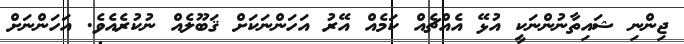
ޖިންނި ޝައިތާނުންނަކީ އުޅޭ އެއްޗެއް ކަމެއް އޭރު އަހަންނަކަށް ޤަބޫލެއް ނުކުރެއެވެ. އަހަންނަށް